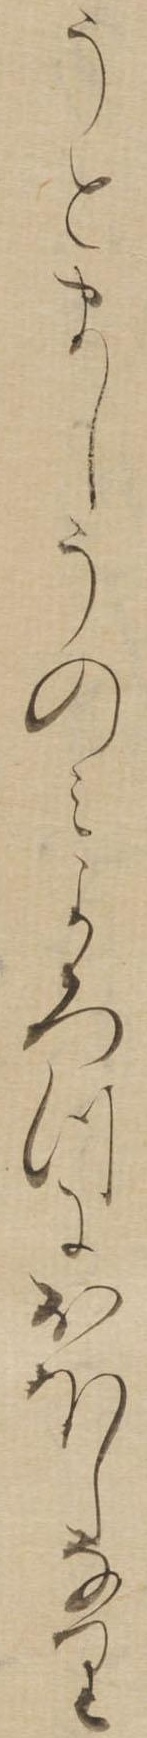
うとましうのみよろつにおほしなり